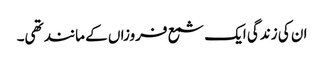
ان کی زندگی ایک شمع فروزاں کے مانند تھی۔